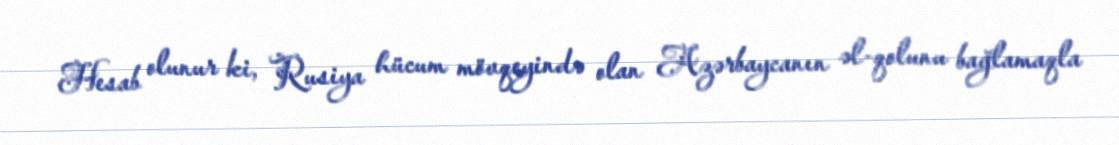
Hesab olunur ki, Rusiya hücum mövqeyində olan Azərbaycanın əl-qolunu bağlamaqla